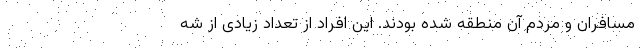
مسافران و مردم آن منطقه شده بودند. این افراد از تعداد زیادی از شه